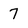
Character: 7